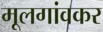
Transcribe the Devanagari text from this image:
मूलगांवकर